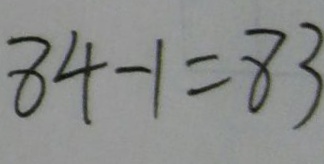
8 4 - 1 = 8 3